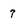
Character: 7